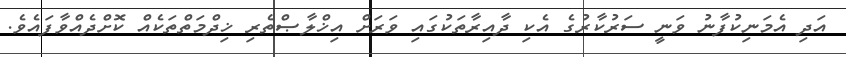
އަދި އެމަނިކުފާނު ވަނީ ސަރުކާރުގެ އެކި ދާއިރާތަކުގައި ވަރަށް އިޚްލާޞްތެރި ޚިދްމަތްތަކެއް ކޮށްދެއްވާފައެވެ.